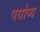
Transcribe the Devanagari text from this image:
पर्याप्य